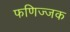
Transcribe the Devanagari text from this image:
फणिज्जक